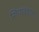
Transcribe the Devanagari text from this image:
शिनावत्राला